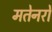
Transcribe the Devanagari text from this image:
मतेनरो